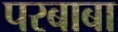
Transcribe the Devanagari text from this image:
परबाबा